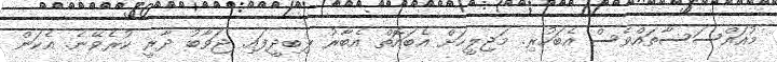
މުއައްސަސާތައްވެސް އެބަހުރި. މަޖިލީހަށް އެބައޮތް އެބާރު ލިބިދީފައި. ޖަވާބު ދާޜީ ކުރެވޭނެ. އެކަން